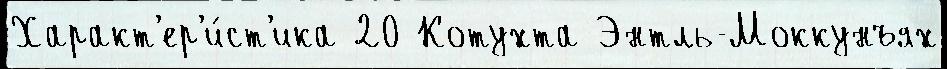
Характ'ер'и́ст'ика 20 Котухта Энтль-Моккунъях